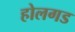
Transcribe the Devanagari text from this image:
होलगड